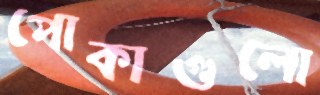
পোকাগুলো